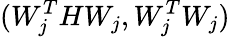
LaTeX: (W_{j}^{T}HW_{j},W_{j}^{T}W_{j})